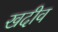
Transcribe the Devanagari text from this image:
खदीव